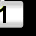
Digit: 1